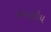
રમણીય